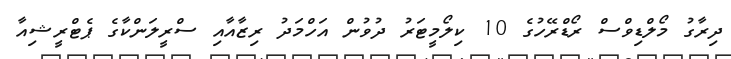
ދިރާގު މޯލްޑިވްސް ރޯޑްރޭހުގެ 10 ކިލޯމީޓަރު ދުވުން އަހްމަދު ރިޒާއާއި ސްރީލަންކާގެ ޕެޓްރީޝިއާ